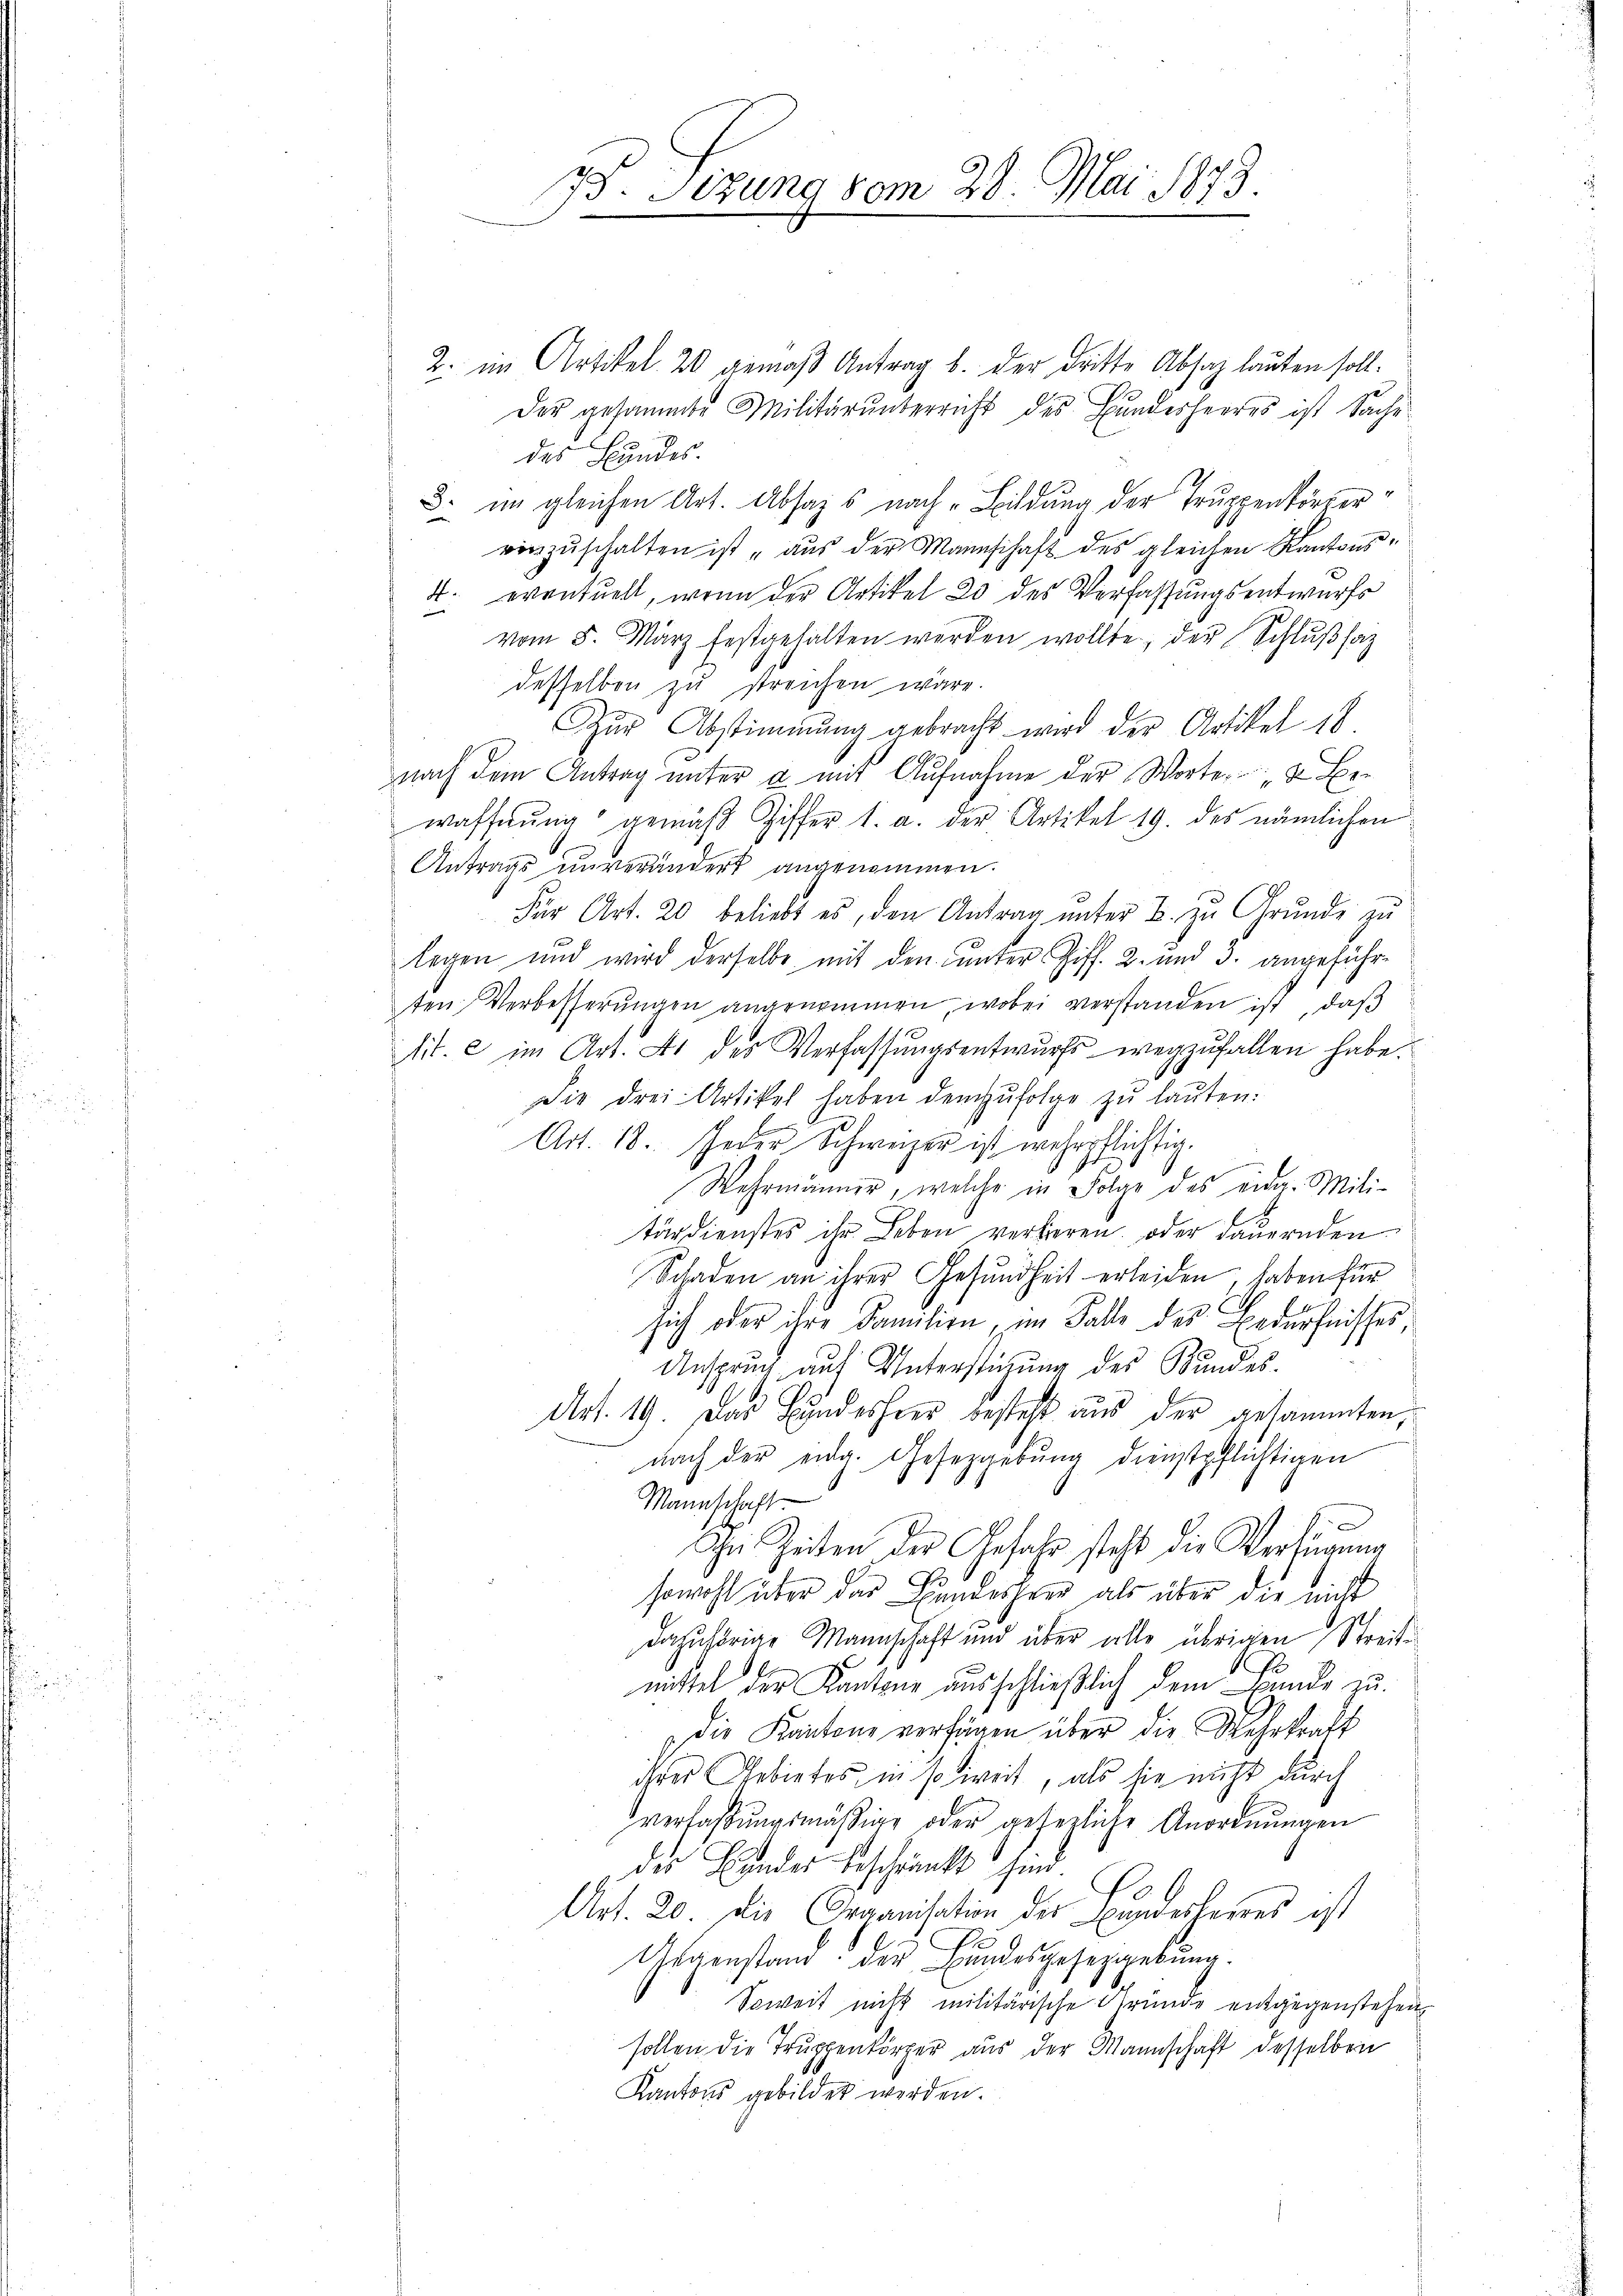
33. Sizung vom 28. Mai 1873.
a

2. im Artikel 20 gemäß Antrag b. der dritte Absatz lauten soll.
Der gesammte Militärŭnterricht des Bundesheeres ist Sache
des Bundes.
3. im gleichen Art. Absages nach Bildung der Truppenkörpervorzŭschalten ist „aus der Mannschaft des gleichen Kantons¬
4. eventuell, wenn der Artikel 20 des Verfassungsentwurfs
vom 5. März festgehalten werden wollte, der Schlŭβsaz
desselben zu streichen wäre.
Zŭr Abstimmung gebracht wird der Artikel 18.
nach dem Antrag unter u. mit Aufnahme der Worte Bewaffnung gemäß Ziffer 1. a. der Artikel 19. des nämlichen
Antrags unverändert angenommen.
Für Art. 20 beliebt es, den Antrag unter B. zu Grunde zu
legen und wird derselbe mit den unter Ziff. 2. und 3. angeführten Verbesserŭngen angenommen, wobei verstanden ist, daß
lit. c im Art. 4 des Verfassŭngsentwurfs wegzufallen habe.
Die drei Artikel haben demzufolge zŭ laŭten:
Art. 18. Jeder Schweizer ist wehrpflichtig.
Wehrmänner, welche in Folge des eider. Mili-
tärdienstes ihr Leben verlieren, oder dauernden
Schaden an ihrer Gesundheit erleiden, haben für
sich oder ihre Familien, im Falle des Bedürfnisses,
Anspruch auf Unterstüzung des Bundes.
Art. 19. Das Bundesheer besteht aus der gesammten,
nach der eidg. Gesetzgebung dienstpflichtigen
Mannschaft
.
Ihe Zeiten der Gefahr steht die Verfügung
sowohl über das Landesheer als über die nicht
dazuhörige Mannschaft und über alle übrigen Streite
mittel der Kantone ausschließlich dem Bunde zu
Die Kantone verfügen über die Wehrkraft
ihrer Gebietes in so weit, als sie nicht durch
verfaßungsmäßige oder gesezliche Anordnungen
des Handes Beschränkt sind.
Art. 20. die Organisation des Bundesleines ist
Gegenstand der Bundesgesetzgebung.
Soweit nicht militärische Grunde entgegenstehen,
sollen die Truppenkörper aus der Mannschaft desselben
Kantons gebildet werden.